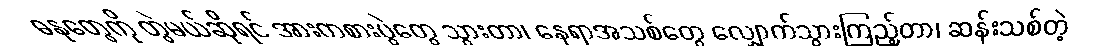
ဓနုတွေကို တွဲမယ်ဆိုရင် အားကစားပွဲတွေ သွားတာ၊ နေရာအသစ်တွေ လျှောက်သွားကြည့်တာ၊ ဆန်းသစ်တဲ့